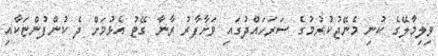
ވިލިމާލޭގެ ކުނި މެނޭޖުކުރުމުގެ ސަރަހައްދުގައި ވަށާފާރު ރާނާ ގޭޓު އެޅުމަށް ދެ ކުންފުންޏަކާއި